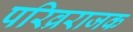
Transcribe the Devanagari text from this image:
परिव्रराजक